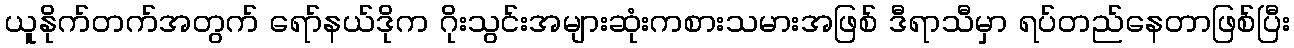
ယူနိုက်တက်အတွက် ရော်နယ်ဒိုက ဂိုးသွင်းအများဆုံးကစားသမားအဖြစ် ဒီရာသီမှာ ရပ်တည်နေတာဖြစ်ပြီး